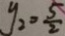
y _ { 2 } = \frac { 5 } { 2 }